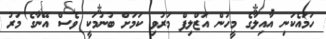
ހަމައެކަނި އާއިލާގެ މީހުން އަޒްލިފް މަރުވި ކަމަށް ބުނުމަކީ ވެސް އޭނާގެ މަރު